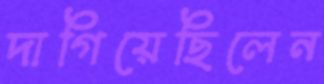
দাগিয়েছিলেন